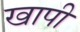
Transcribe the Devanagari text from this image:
खापी